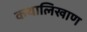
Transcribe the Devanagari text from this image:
कथालिखाण